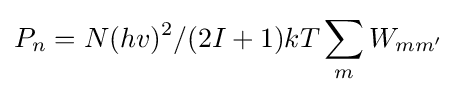
P_{n}=N(hv)^{2}/(2I+1)kT\sum _{m}W_{mm'}